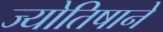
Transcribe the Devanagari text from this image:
ज्योतिषाने